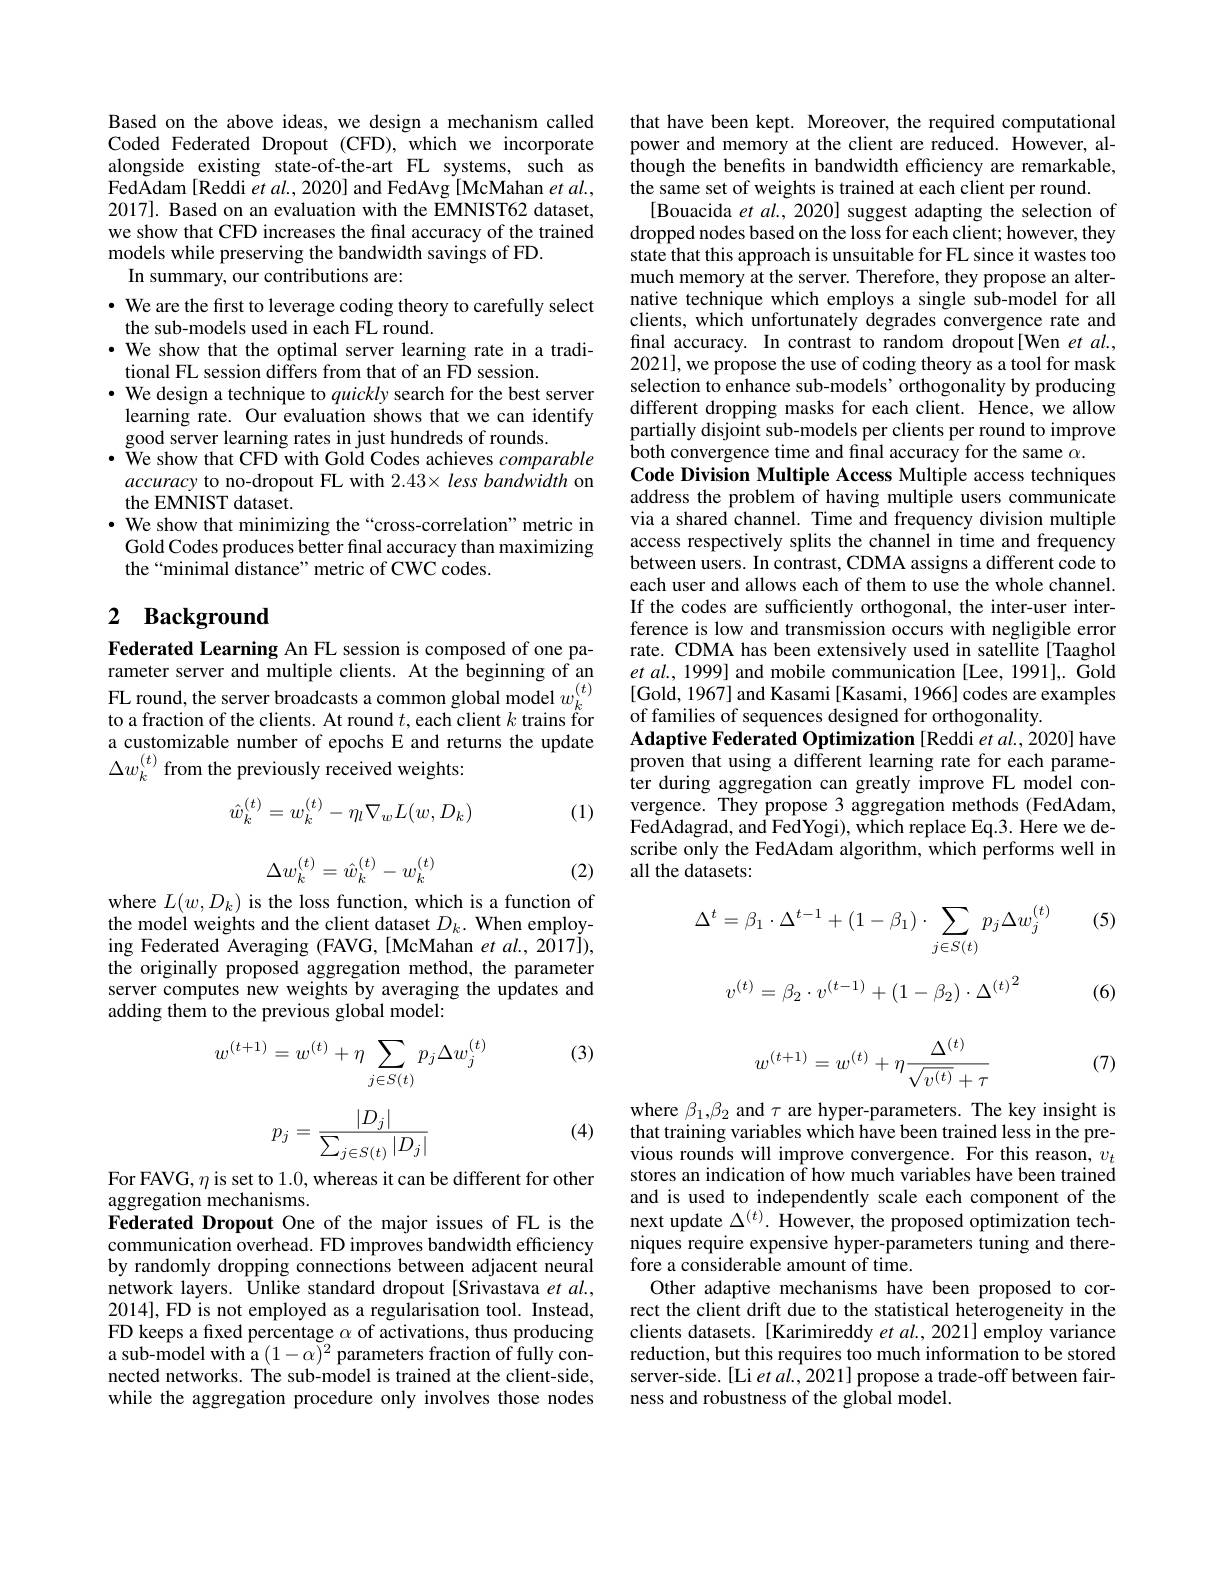
Based on the above ideas, we design a mechanism called Coded Federated Dropout (CFD),which we incorporate alongside existing state-of-the-art FL systems, such as FedAdam [Reddi et al., 2020] and FedAvg [McMahan $et\textit{al. , }$ 2017]. Based on an evaluation with the EMNIST62 dataset, we show that CFD increases the final accuracy of the trained models while preserving the bandwidth savings of FD.
In summary, our contributions are:

$\cdot$ We are the first to leverage coding theory to carefully select
the sub-models used in each FL round.
· We show that the optimal server learning rate in a tradi-
tional FL session differs from that of an FD session.
· We design a technique to quickly search for the best server learning rate. Our evaluation shows that we can identify good server learning rates in just hundreds of rounds.
$\cdot$ We show that CFD with Gold Codes achieves comparable accuracy to no-dropout FL with 2.43× less bandwidth on the EMNIST dataset.
$\cdot$ We show that minimizing the“cross-correlation”metric in Gold Codes produces better final accuracy than maximizing the“minimal distance”metric of CWC codes.

## 2 Background

Federated Learning An FL session is composed of one parameter server and multiple clients. At the beginning of an $\begin{array}{l}{\mathrm{FL~round,the~server~broadcasts~a~common~global~model~}w_{k}^{(t)}}\\{\mathrm{to~a~fraction~of~the~clients.~At~round~}t,\mathrm{each~client~}k\mathrm{~trains~for}}\end{array}$ a customizable number of epochs E and returns the update $\Delta w_k^{(t)}$ from the previously received weights:

(1)
$$\hat{w}_k^{(t)}=w_k^{(t)}-\eta_l\nabla_wL(w,D_k)$$
$$\Delta w_{k}^{(t)}=\hat{w}_{k}^{(t)}-w_{k}^{(t)}$$
(2)

where $L(w,D_{k})$ is the loss function, which is a function of the model weights and the client dataset $D_k.$ When employing Federated Averaging (FAVG,[McMahan et al., 2017]), the originally proposed aggregation method, the parameter server computes new weights by averaging the updates and adding them to the previous global model:

(3)
$$w^{(t+1)}=w^{(t)}+\eta\sum_{j\in S(t)}p_j\Delta w_j^{(t)}$$
$$p_j=\frac{|D_j|}{\sum_{j\in S(t)}|D_j|}$$
(4)

For FAVG, $\eta$ is set to 1. 0, whereas it can be different for other aggregation mechanisms. Federated Dropout One of the major issues of FL is the communication overhead. FD improves bandwidth efficiency by randomly dropping connections between adjacent neural network layers. Unlike standard dropout [Srivastava et al., 2014], FD is not employed as a regularisation tool. Instead, FD keeps a fxed percentage $\alpha$ of activations, thus producing $\hat{\text{a sub-model with a}}(1-\alpha)^{2}$parameters fraction of fully connected networks. The sub-model is trained at the client-side, while the aggregation procedure only involves those nodes

that have been kept. Moreover, the required computational power and memory at the client are reduced. However, although the benefits in bandwidth efficiency are remarkable, the same set of weights is trained at each client per round.
[Bouacida et al., 2020] suggest adapting the selection of dropped nodes based on the loss for each client; however, they state that this approach is unsuitable for FL since it wastes too much memory at the server. Therefore, they propose an alternative technique which employs a single sub-model for all clients, which unfortunately degrades convergence rate and final accuracy. In contrast to random dropout[Wen et al., 2021], we propose the use of coding theory as a tool for mask selection to enhance sub-models' orthogonality by producing different dropping masks for each client. Hence, we allow partially disjoint sub-models per clients per round to improve both convergence time and final accuracy for the same $\alpha.$
Code Division Multiple Access Multiple access techniques address the problem of having multiple users communicate via a shared channel. Time and frequency division multiple access respectively splits the channel in time and frequency between users. In contrast, CDMA assigns a different code to each user and allows each of them to use the whole channel. If the codes are sufficiently orthogonal, the inter-user interference is low and transmission occurs with negligible error rate. CDMA has been extensively used in satellite[Taaghol et al., 1999] and mobile communication [Lee, 1991],. Gold [Gold, 1967] and Kasami [Kasami, 1966] codes are examples of families of sequences designed for orthogonality.
Adaptive Federated Optimization [Reddi et al., 2020] have proven that using a different learning rate for each parameter during aggregation can greatly improve FL model convergence. They propose 3 aggregation methods (FedAdam, FedAdagrad, and FedYogi), which replace Eq.3. Here we describe only the FedAdam algorithm, which performs well in all the datasets:

(5)
$$\Delta^t=\beta_1\cdot\Delta^{t-1}+(1-\beta_1)\cdot\sum_{j\in S(t)}p_j\Delta w_j^{(t)}$$
(6)
$$\begin{matrix}v^{(t)}=\beta_2\cdot v^{(t-1)}+(1-\beta_2)\cdot\Delta^{(t)}\end{matrix}^2$$
$$w^{(t+1)}=w^{(t)}+\eta\frac{\Delta^{(t)}}{\sqrt{v^{(t)}}+\tau}$$
(7)

where $\beta_1,\beta_2$ and $\tau$ are hyper-parameters. The key insight is that training variables which have been trained less in the previous rounds will improve convergence. For this reason, $v_t$ stores an indication of how much variables have been trained and is used to independently scale each component of the next update $\Delta^{(t)}.$ However, the proposed optimization techniques require expensive hyper-parameters tuning and therefore a considerable amount of time.
Other adaptive mechanisms have been proposed to correct the client drift due to the statistical heterogeneity in the clients datasets. [Karimireddy et al., 2021] employ variance reduction, but this requires too much information to be stored server-side.[Li et al.,2021] propose a trade-off between fairness and robustness of the global model.